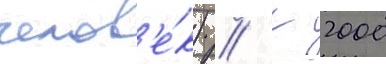
челов'е́к) // К 2000